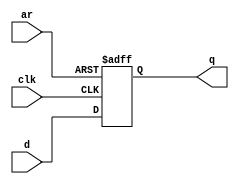
module top_module (
    input clk,
    input d, 
    input ar,   // asynchronous reset（异步复位）
    output q);

    always @(posedge clk or posedge ar) begin
        if(ar) q <= 1'b0;
        else q <= d;
    end

endmodule